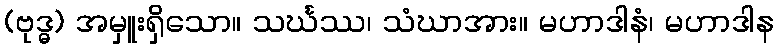
(ဗုဒ္ဓ) အမှူးရှိသော။ သင်္ဃဿ၊ သံဃာအား။ မဟာဒါနံ၊ မဟာဒါန